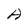
Character: A